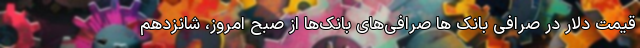
قیمت دلار در صرافی بانک ها صرافی‌های بانک‌ها از صبح امروز، شانزدهم